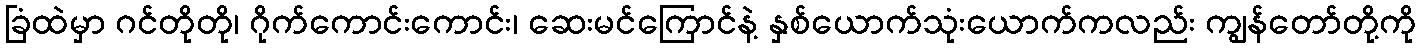
ခြံထဲမှာ ဂင်တိုတို၊ ဂိုက်ကောင်းကောင်း၊ ဆေးမင်ကြောင်နဲ့ နှစ်ယောက်သုံးယောက်ကလည်း ကျွန်တော်တို့ကို